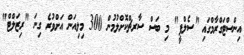
އިންސްޓަގްރާމްގައި "ސެލްފީ" މި ބަސް ސާރޗްކޮށްލުމުން 300 މިލިއަން އަށްވުރެ ގިނަ "ރިޒަލްޓް"